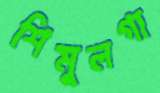
শিমুলগা